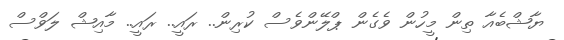
ޔާޝްބެއާ ތިން މީހުން ވެގެން ޕްލޭންވެސް ކުރިން.. ރައީ.. ރައީ.. މާއިޝް ލަވްސް